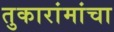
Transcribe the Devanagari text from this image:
तुकारांमांचा